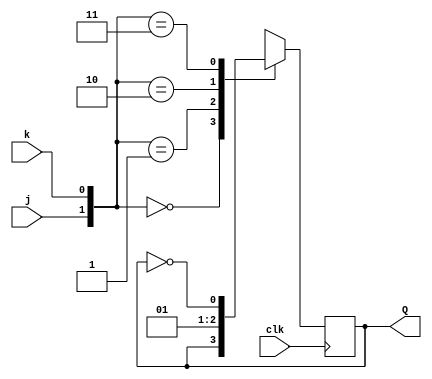
//2022_11_1 kerong
//Creat circuit from truth table
module top_module (
    input clk,
    input j,
    input k,
    output reg Q); 

always @(posedge clk)begin
    case ({j,k})
        2'd0 : Q <= Q;
        2'd1 : Q <= 1'b0;
        2'd2 : Q <= 1'b1;
        2'd3 : Q <= ~Q;
    endcase
end

endmodule